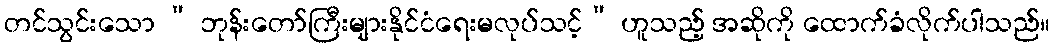
တင်သွင်းသော “ ဘုန်းတော်ကြီးများနိုင်ငံရေးမလုပ်သင့်” ဟူသည့် အဆိုကို ထောက်ခံလိုက်ပါသည်။